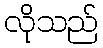
လိုသည်